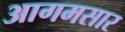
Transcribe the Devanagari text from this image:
आगमसार